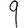
Digit: 9